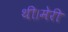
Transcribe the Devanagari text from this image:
थी।मेरी